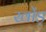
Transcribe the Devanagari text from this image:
खोंड़